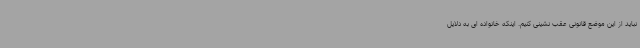
نباید از این موضع قانونی عقب نشینی کنیم. اینکه خانواده ای به دلایل